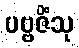
ပဗ္ဗဇိံသု